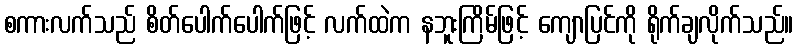
စကားလက်သည် စိတ်ပေါက်ပေါက်ဖြင့် လက်ထဲက နဘူးကြိမ်ဖြင့် ကျောပြင်ကို ရိုက်ချလိုက်သည်။